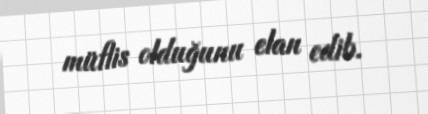
müflis olduğunu elan edib.